Report on vaccination proceedings throughout the Government of Bengal -
Year: 1868
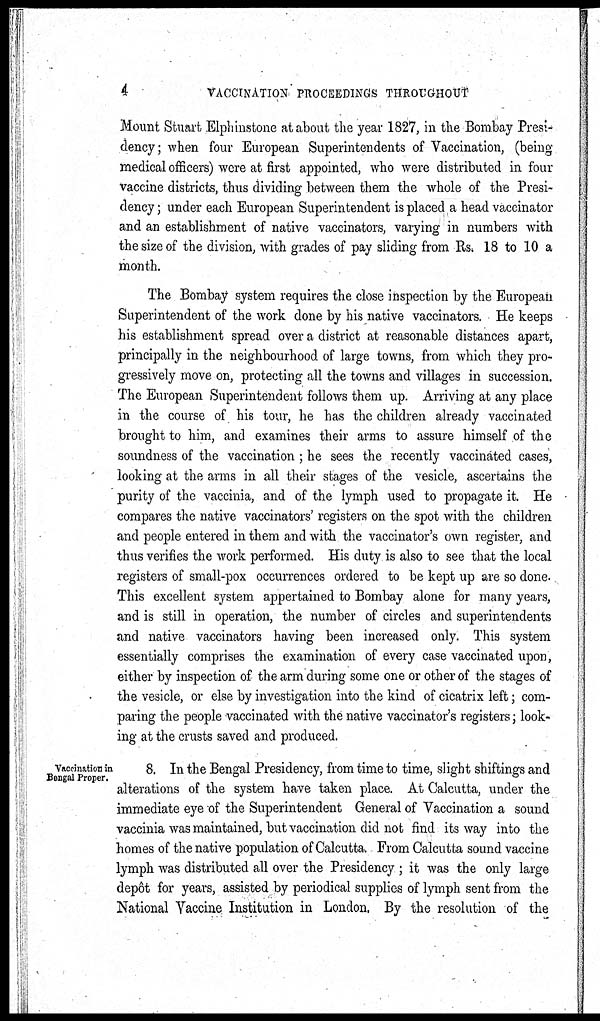
4
VACCINATION PROCEEDINGS THROUGHOUT
Mount Stuart Elphinstone at about the year 1827, in the Bombay Presi-
dency; when four European Superintendents of Vaccination, (being-
medical officers) were at first appointed, who were distributed in four
vaccine districts, thus dividing between them the whole of the Presi-
dency ; under each European Superintendent is placed a head vaccinator
and an establishment of native vaccinators, varying in numbers with
the size of the division, with grades of pay sliding from Rs. 18 to 10 a
month.
The Bombay system requires the close inspection by the European
Superintendent of the work done by his native vaccinators. He keeps
his establishment spread over a district at reasonable distances apart,
principally in the neighbourhood of large towns, from which they pro-
gressively move on, protecting all the towns and villages in succession.
The European Superintendent follows them up. Arriving at any place
in the course of his tour, he has the children already vaccinated
brought to him, and examines their arms to assure himself of the
soundness of the vaccination; he sees the recently vaccinated cases,
looking at the arms in all their stages of the vesicle, ascertains the
purity of the vaccinia, and of the lymph used to propagate it. He
compares the native vaccinators' registers on the spot with the children
and people entered in them and with the vaccinator's own register, and
thus verifies the work performed. His duty is also to see that the local
registers of small-pox occurrences ordered to be kept up are so done.
This excellent system appertained to Bombay alone for many years,
and is still in operation, the number of circles and superintendents
and native vaccinators having been increased only. This system
essentially comprises the examination of every case vaccinated upon,
either by inspection of the arm during some one or other of the stages of
the vesicle, or else by investigation into the kind of cicatrix left; com-
paring the people vaccinated with the native vaccinator's registers; look-
ing at the crusts saved and produced.
Vaccination in
Bengal Proper.
8. In the Bengal Presidency, from time to time, slight shiftings and
alterations of the system have taken place. At Calcutta, under the
immediate eye of the Superintendent General of Vaccination a sound
vaccinia was maintained, but vaccination did not find its way into the
homes of the native population of Calcutta. From Calcutta sound vaccine
lymph was distributed all over the Presidency ; it was the only large
depôt for years, assisted by periodical supplies of lymph sent from the
National Vaccine Institution in London. By the resolution of the